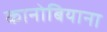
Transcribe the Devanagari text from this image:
कानोबियाना